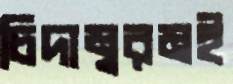
চিদাম্বরমই